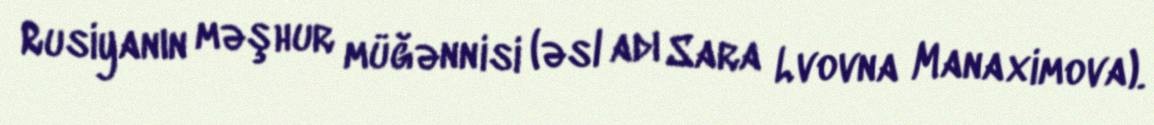
Rusiyanın məşhur müğənnisi (əsl adı Sara Lvovna Manaximova).